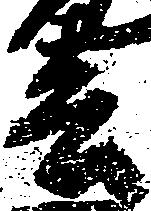
春